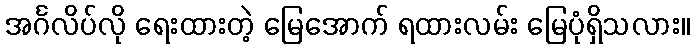
အင်္ဂလိပ်လို ရေးထားတဲ့ မြေအောက် ရထားလမ်း မြေပုံရှိသလား။